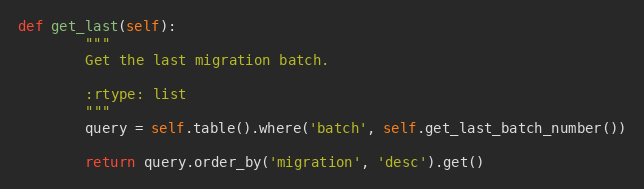
Language: Python
def get_last(self):
        """
        Get the last migration batch.

        :rtype: list
        """
        query = self.table().where('batch', self.get_last_batch_number())

        return query.order_by('migration', 'desc').get()